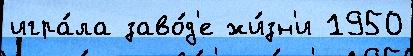
игра́ла заво́д'е жи́зн'и 1950